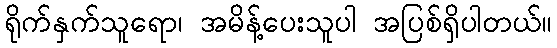
ရိုက်နှက်သူရော၊ အမိန့်ပေးသူပါ အပြစ်ရှိပါတယ်။